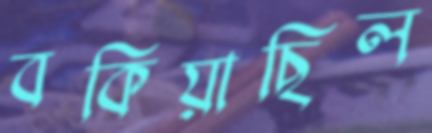
বকিয়াছিল